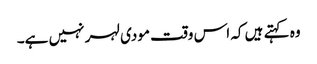
وہ کہتے ہیں کہ اس وقت مودی لہر نہیں ہے۔